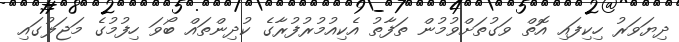
ދިޔަވަރު ހިކިފައި އޮތް ވަގުތަށްވުމުން ތަފާތު އެކިއުމުރުފުރާގެ ކުދިންތައް ބޯވަ ހިފުމުގެ މަޖަލުގައި